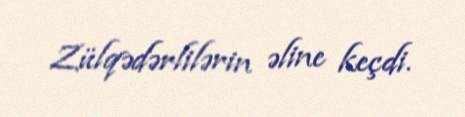
Zülqədərlilərin əline keçdi.